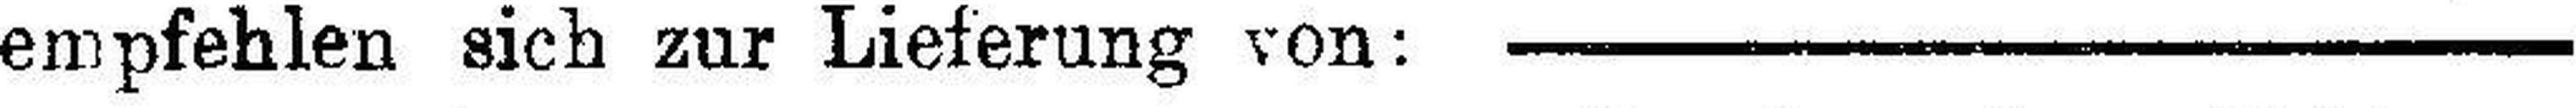
empfehlen sich zur Lieferung von: